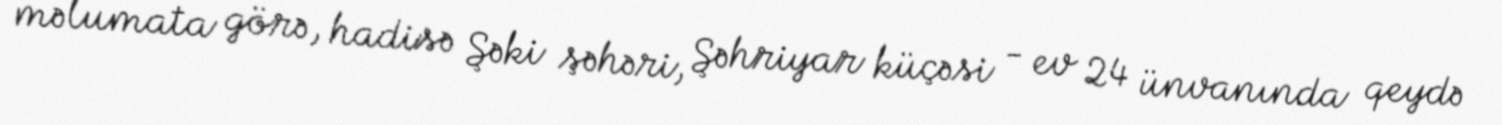
məlumata görə, hadisə Şəki şəhəri, Şəhriyar küçəsi - ev 24 ünvanında qeydə